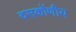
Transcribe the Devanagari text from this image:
दसकोंणीय